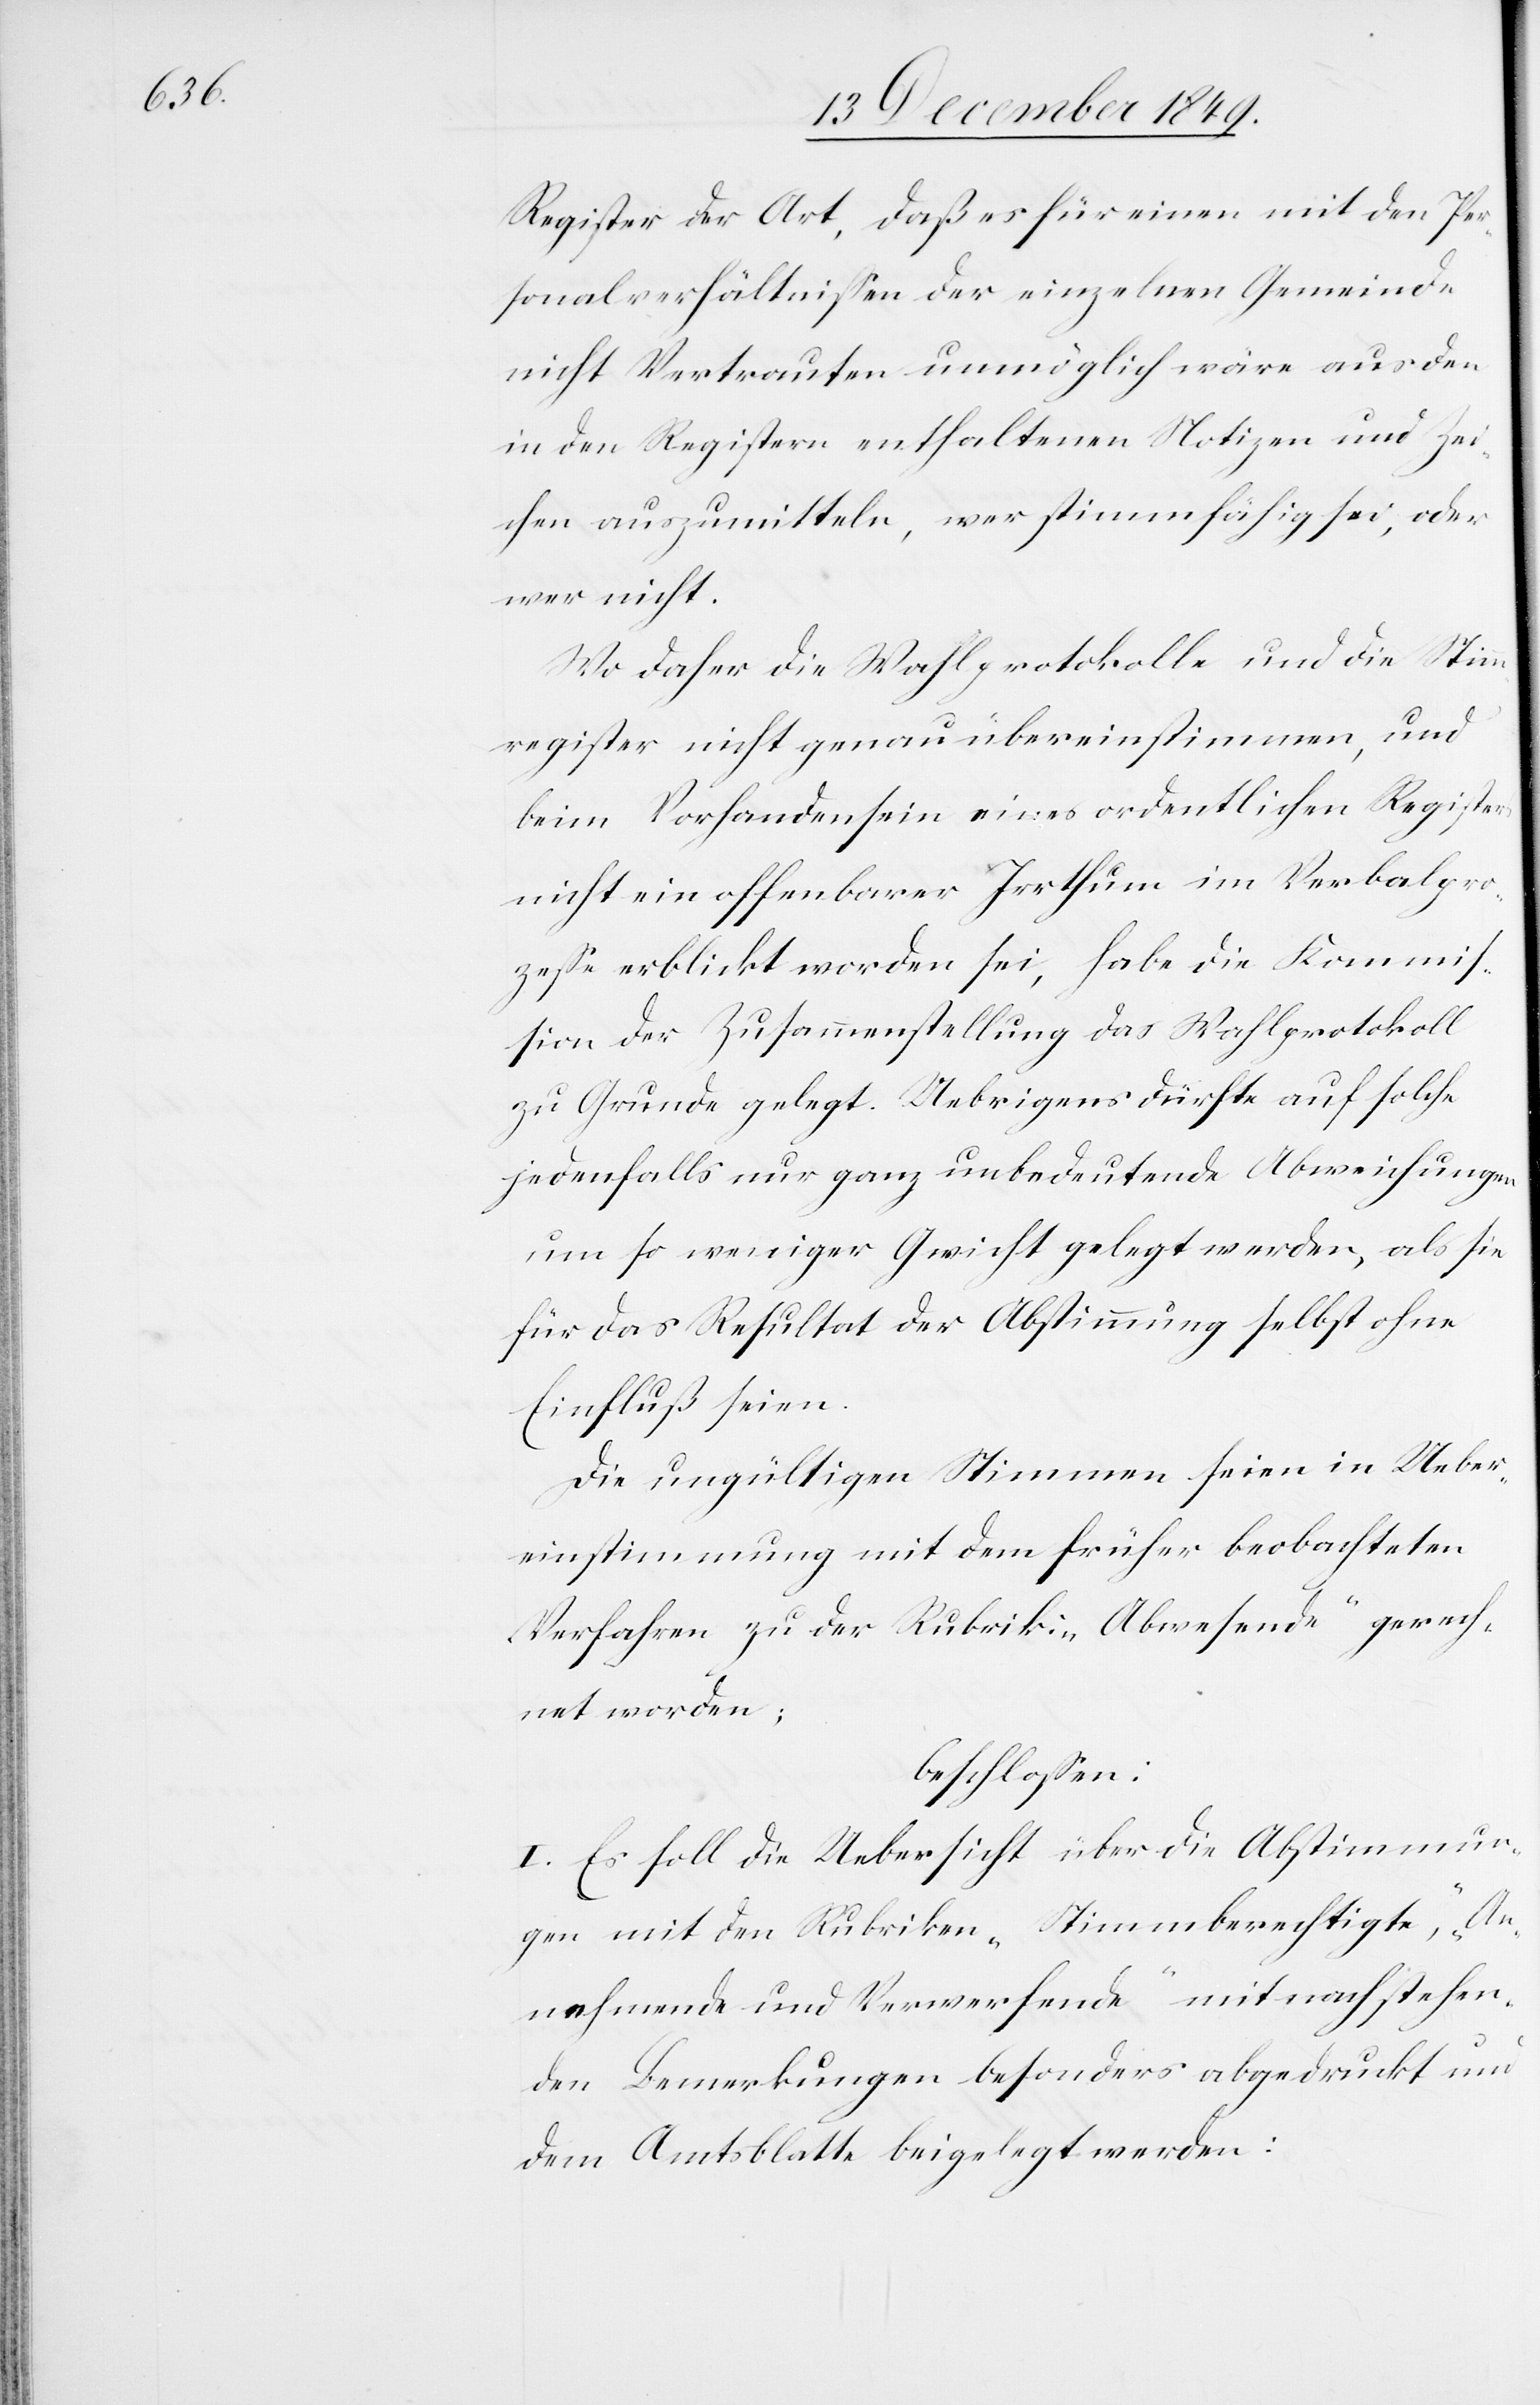
gerech¬

Register der Art, daß es für einen mit den Per¬
sonalverhältnißen der einzelnen Gemeinde
nicht Vertrauten unmöglich wäre aus den
in den Registern enthaltenen Notizen und Zei¬
chen auszumitteln, wer stimmfähig sei, oder
wer nicht.
Wo daher die Wahlprotokolle und die Stim¬
mregister nicht genau übereinstimmen, und
beim Vorhandensein eines ordentlichen Registers
nicht ein offenbarer Irrthum im Verbalpro¬
zeße erblickt worden sei, habe die Kommiß¬
ion der Zusammenstellung das Wahlprotokoll
zu Grunde gelegt. Uebrigens dürfte auf solche
jedenfalls nur ganz unbedeutende Abweichungen
um so weniger Gewicht gelegt werden, als sie
für das Resultat der Abstimmung selbst ohne
Einfluß seien.
Die ungültigen Stimmen seien in Ueber¬
net worden;
beschloßen:
I. Es soll die Uebersicht über die Abstimmun¬
gen mit den Rubriken „Stimmberechtigte“, „An¬
nehmende und Verwerfende“ mit nachstehen¬
den Bemerkungen besonders abgedruckt und
dem Amtsblatte beigelegt werden: